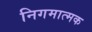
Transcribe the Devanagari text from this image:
निगमात्मक